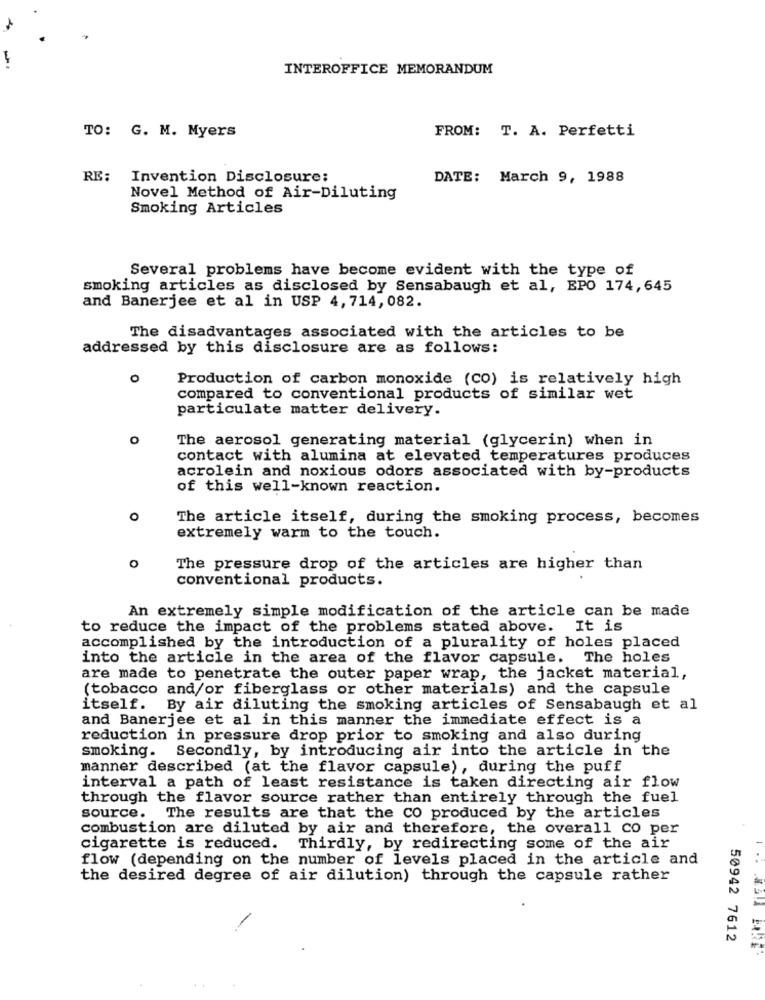
-
INTEROFFICE MEMORANDUM
TO: G. M. Myers
FROM: T. A. Perfetti
RE:
Invention Disclosure:
DATE: March 9, 1988
Novel Method of Air-Diluting
Smoking Articles
Several problems have become evident with the type of
smoking articles as disclosed by Sensabaugh et al, EPO 174, 645
and Banerjee et al in USP 4, 714, 082.
The disadvantages associated with the articles to be
addressed by this disclosure are as follows:
Production of carbon monoxide (CO) is relatively high
compared to conventional products of similar wet
particulate matter delivery.
o
The aerosol generating material (glycerin) when in
contact with alumina at elevated temperatures produces
acrolein and noxious odors associated with by-products
of this well-known reaction.
o
The article itself, during the smoking process, becomes
extremely warm to the touch.
0
The pressure drop of the articles are higher than
conventional products.
An extremely simple modification of the article can be made
to reduce the impact of the problems stated above. It is
accomplished by the introduction of a plurality of holes placed
into the article in the area of the flavor capsule. The holes
are made to penetrate the outer paper wrap, the jacket material,
(tobacco and/or fiberglass or other materials) and the capsule
itself. By air diluting the smoking articles of Sensabaugh et al
and Banerjee et al in this manner the immediate effect is a
reduction in pressure drop prior to smoking and also during
smoking. Secondly, by introducing air into the article in the
manner described (at the flavor capsule), during the puff
interval a path of least resistance is taken directing air flow
through the flavor source rather than entirely through the fuel
source. The results are that the CO produced by the articles
combustion are diluted by air and therefore, the overall co per
cigarette is reduced. Thirdly, by redirecting some of the air
flow (depending on the number of levels placed in the article and
the desired degree of air dilution) through the capsule rather
50942 7612